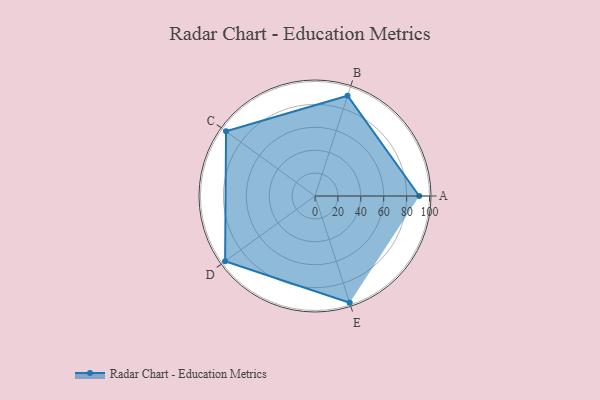
{"axis": {"x": "Skill", "y": "Score"}, "legend": ["Profile"], "data": [{"x": "A", "y": 91.0, "type": "Profile"}, {"x": "B", "y": 92.0, "type": "Profile"}, {"x": "C", "y": 96.0, "type": "Profile"}, {"x": "D", "y": 97.0, "type": "Profile"}, {"x": "E", "y": 98.0, "type": "Profile"}]}